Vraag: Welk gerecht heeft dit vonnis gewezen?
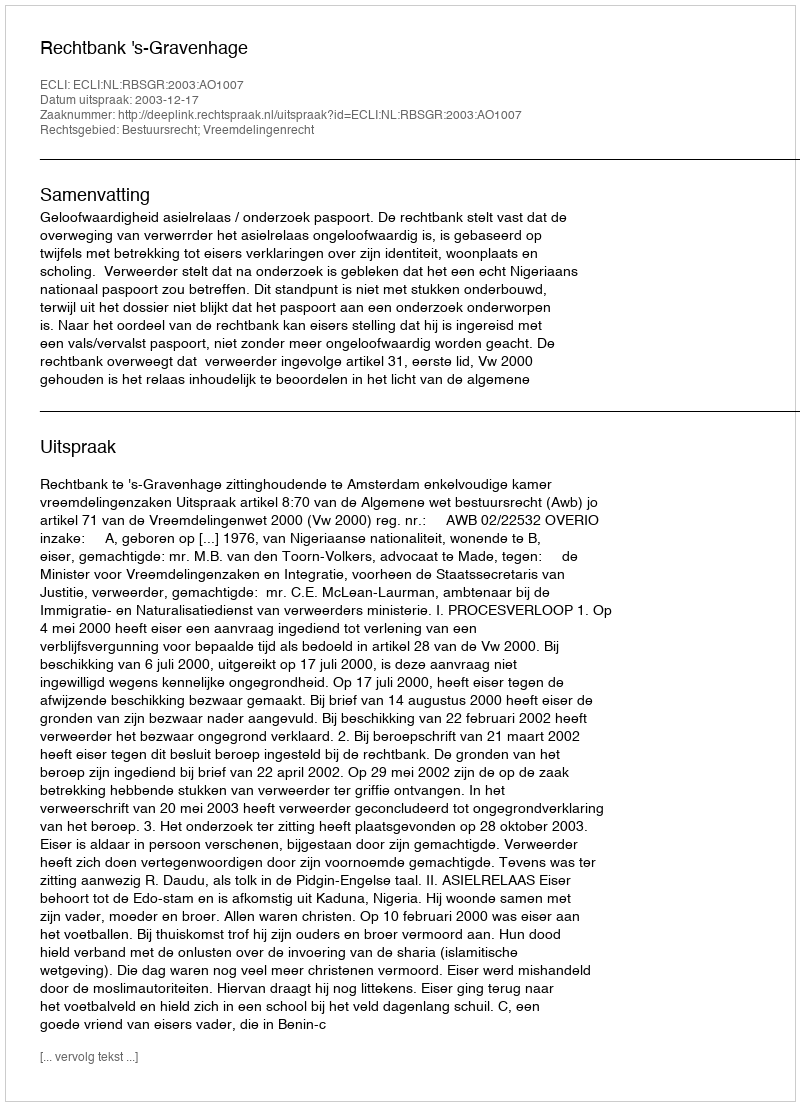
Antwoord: Rechtbank 's-Gravenhage